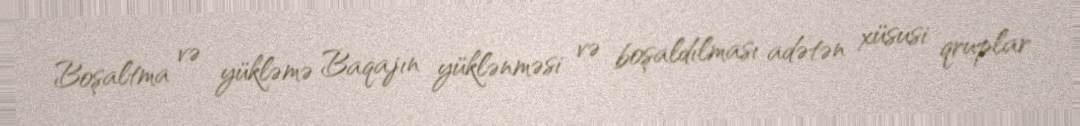
Boşaltma və yükləmə Baqajın yüklənməsi və boşaldılması adətən xüsusi qruplar